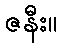
ဇနီး။